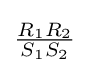
{\tfrac {R_{1}R_{2}}{S_{1}S_{2}}}